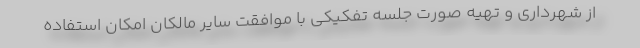
از شهرداری و تهیه صورت جلسه تفکیکی با موافقت سایر مالکان امکان استفاده